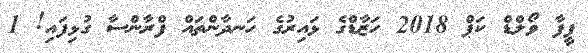
ފީފާ ވޯލްޑް ކަޕް 2018 ހަޒާޑްގެ ޅައިރުގެ ހަނދާންތައް ފްރާންސާ ގުޅިފައި! 1